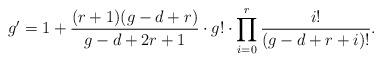
LaTeX: \begin{align*}g'=1+\frac{(r+1)(g-d+r)}{g-d+2r+1}\cdot g!\cdot \prod_{i=0}^r \frac{i!}{(g-d+r+i)!}.\end{align*}